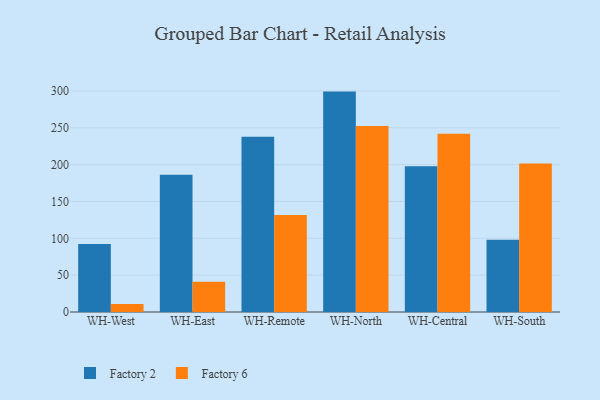
{"axis": {"x": "Warehouse", "y": "Net Income (USD K)"}, "legend": ["Factory 2", "Factory 6"], "data": [{"x": "WH-West", "y": 92.4, "type": "Factory 2"}, {"x": "WH-West", "y": 11.0, "type": "Factory 6"}, {"x": "WH-East", "y": 186.2, "type": "Factory 2"}, {"x": "WH-East", "y": 41.2, "type": "Factory 6"}, {"x": "WH-Remote", "y": 237.8, "type": "Factory 2"}, {"x": "WH-Remote", "y": 131.6, "type": "Factory 6"}, {"x": "WH-North", "y": 299.1, "type": "Factory 2"}, {"x": "WH-North", "y": 252.5, "type": "Factory 6"}, {"x": "WH-Central", "y": 197.8, "type": "Factory 2"}, {"x": "WH-Central", "y": 241.9, "type": "Factory 6"}, {"x": "WH-South", "y": 97.9, "type": "Factory 2"}, {"x": "WH-South", "y": 201.6, "type": "Factory 6"}]}